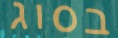
בסוג